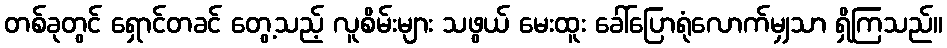
တစ်ခုတွင် ရှောင်တခင် တွေ့သည့် လူစိမ်းများ သဖွယ် မေးထူး ခေါ်ပြောရုံလောက်မျှသာ ရှိကြသည်။